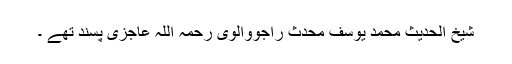
شیخ الحدیث محمد یوسف محدث راجووالوی رحمہ اللہ عاجزی پسند تھے ۔